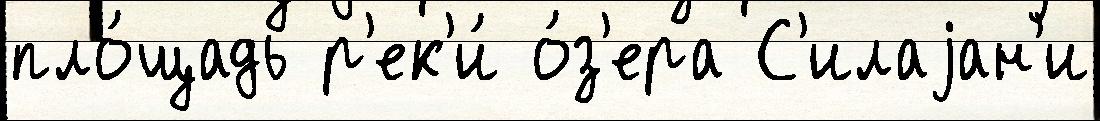
пло́щадь р'ек'и́ о́з'ера С'илаjан'и